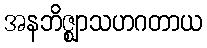
အနဘိဇ္ဈာသဟဂတာယ